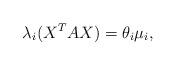
LaTeX: \begin{align*} \lambda_{i}(X^{T} A X) = \theta_i \mu_i,\end{align*}